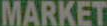
MARKET